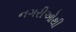
નગરીઓથી